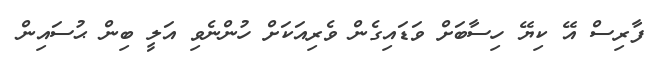
ފާރިސް އޭ ކިޔޭ ހިސާބަށް ވަޑައިގެން ވެރިއަކަށް ހުންނެވި އަލީ ބިން ޙުސައިން